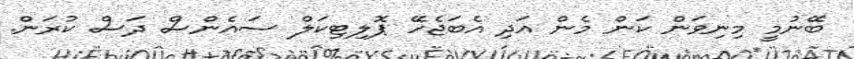
ބޭނުމީ މިނިވަން ކަން މެން އަދި އެބަޖެހޭ ޕޮލިޓިކަލް ސައެންސް ދަސް ކުރަން.